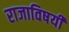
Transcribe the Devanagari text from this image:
राजाविषयी